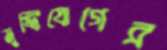
মুষ্টিযোগের